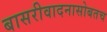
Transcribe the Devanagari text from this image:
बासरीवादनासोबतच